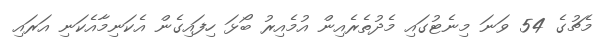
މެޗުގެ 54 ވަނަ މިނެޓުގައި މެދުތެރެއިން އުމެއިރު ބޯޅަ ހިފައިގެން އެކަނިމާއެކަނި އަރައި